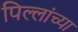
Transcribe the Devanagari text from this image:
पिल्लांच्या